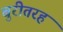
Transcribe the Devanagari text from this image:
बुरीतरह